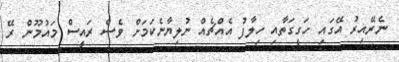
ނެރޭއިރު އޭގައި ހަގީގަތާއި ހިލާފު އެއްޗެއް ނުލިޔާނެކަމަށް ވެސް ރައީސް މައުމޫން ރޭ